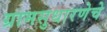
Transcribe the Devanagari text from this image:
ग्रामसुधारणेचे